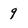
Character: 9